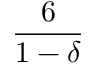
\frac { 6 } { 1 - \delta }